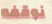
نوقفه